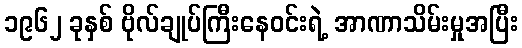
၁၉၆၂ ခုနှစ် ဗိုလ်ချုပ်ကြီးနေဝင်းရဲ့ အာဏာသိမ်းမှုအပြီး